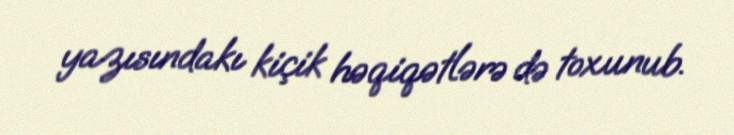
yazısındakı kiçik həqiqətlərə də toxunub.